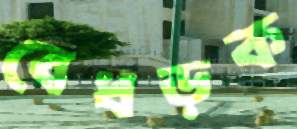
বেধড়ক